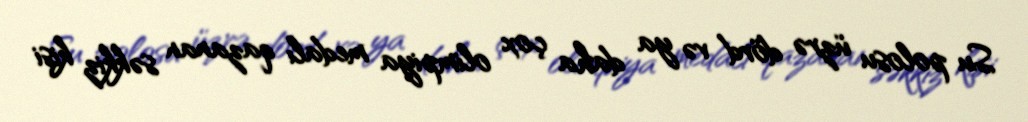
Su polosu üzrə dörd və ya daha çox olimpiya medalı qazanan səkkiz kişi